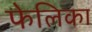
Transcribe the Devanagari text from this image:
फेलिका